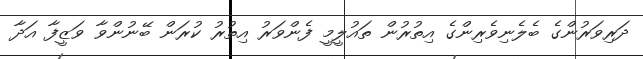
ދަރިވަރުންގެ ބެލެނިވެރިންގެ އިތުރުން ތައުލީމީ ފެންވަރު އިތުރު ކުރަން ބޭނުންވާ ވަޒީފާ އަދާ